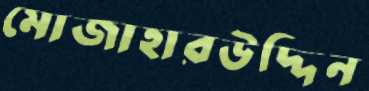
মোজাহারউদ্দিন